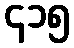
၄၁၅